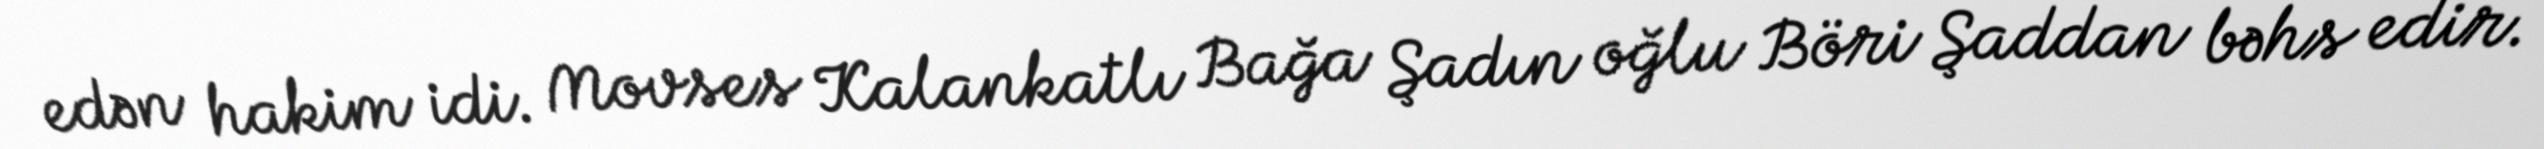
edən hakim idi. Movses Kalankatlı Bağa Şadın oğlu Böri Şaddan bəhs edir.